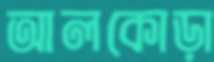
আলকোড়া